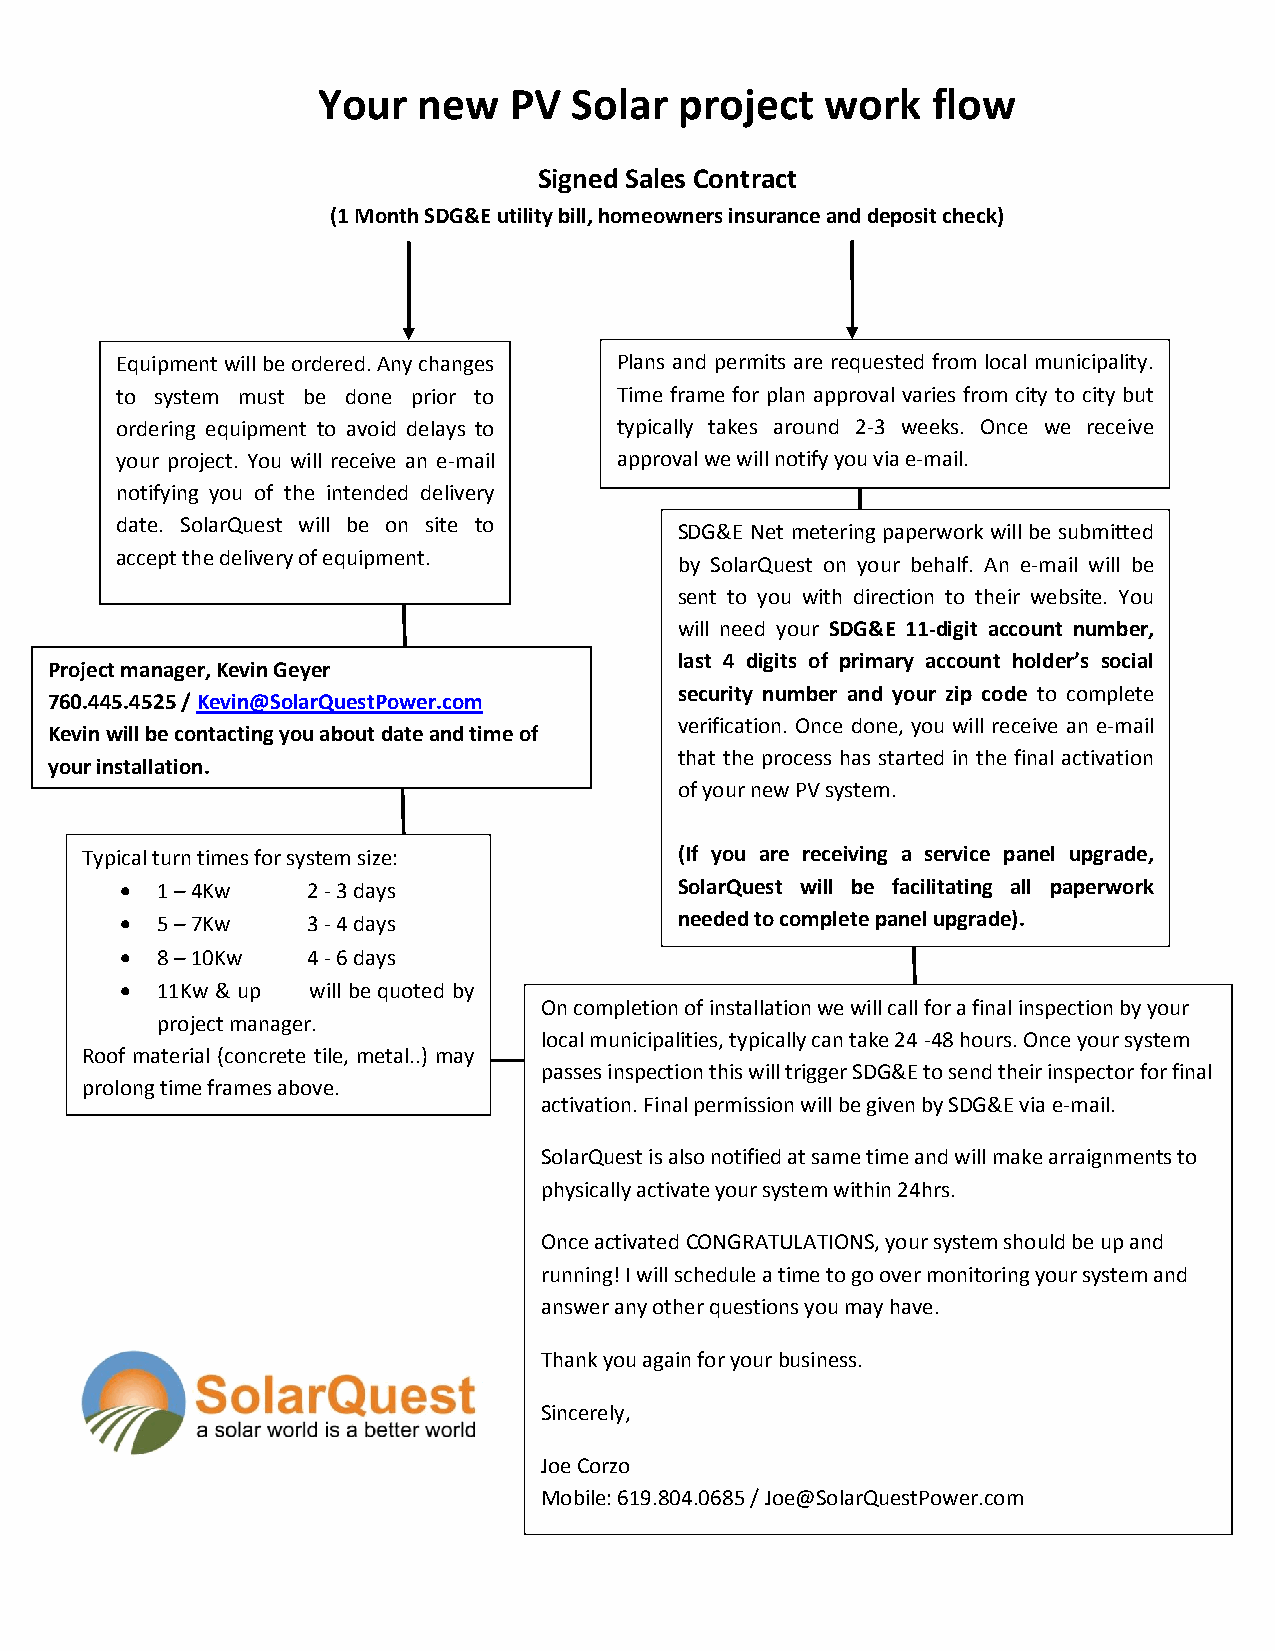
Your   new   PV  Solar  project   work   flow
 Signed Sales Contract
 (1 Month SDG&E utility bill, homeowners insurance and deposit check)
 Eq uipment will be ordered. Any changes Plans and permits are requested from local municipality.
 to system must be done prior to  Time frame for plan approval varies from city to city but
 ordering equipment to avoid delays to typically takes around 2-3 weeks. Once we receive
 your project. You will receive an e-mail approval we will notify you via e-mail.
 notifying you of the intended delivery
 date. SolarQuest will be on site to
 SDG&E Net metering paperwork will be submitted
 accept the delivery of equipment.
 by SolarQuest on your behalf. An e-mail will be
 sent to you with direction to their website. You
 will need your SDG&E 11-digit account number,
 last 4 digits of primary account holder’s social
 Project manager, Kevin Geyer
 security number and your zip code to complete
 760.445.4525 / Kevin@SolarQuestPower.com
 verification. Once done, you will receive an e-mail
 Kevin will be contacting you about date and time of
 that the process has started in the final activation
 your installation.
 of your new PV system.
 Typical turn times for system size:     (If you are receiving a service panel upgrade,
  1 – 4Kw   2 - 3 days               SolarQuest will be facilitating all paperwork
  5 – 7Kw   3 - 4 days               needed to complete panel upgrade).
  8 – 10Kw  4 - 6 days
  11Kw & up will be quoted by
 On completion of installation we will call for a final inspection by your
 project manager.
 local municipalities, typically can take 24 -48 hours. Once your system
 Roof material (concrete tile, metal..) may
 passes inspection this will trigger SDG&E to send their inspector for final
 prolong time frames above.
 activation. Final permission will be given by SDG&E via e-mail.
 SolarQuest is also notified at same time and will make arraignments to
 physically activate your system within 24hrs.
 Once activated CONGRATULATIONS, your system should be up and
 running! I will schedule a time to go over monitoring your system and
 answer any other questions you may have.
 Thank you again for your business.
 Sincerely,
 Joe Corzo
 Mobile: 619.804.0685 / Joe@SolarQuestPower.com